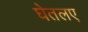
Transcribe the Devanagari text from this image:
घेतलए